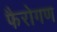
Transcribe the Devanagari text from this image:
फैरोगण